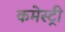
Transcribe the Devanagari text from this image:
कमेस्ट्री